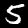
Label: 5